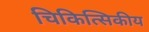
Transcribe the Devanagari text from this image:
चिकित्सिकीय